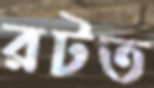
রটত